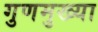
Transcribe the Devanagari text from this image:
गुणमुख्या